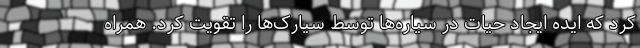
کرد که ایده ایجاد حیات در سیاره‌ها توسط سیارک‌ها را تقویت کرد. همراه